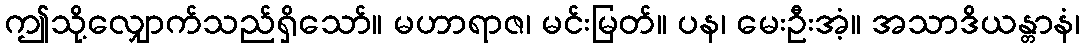
ဤသို့လျှောက်သည်ရှိသော်။ မဟာရာဇ၊ မင်းမြတ်။ ပန၊ မေးဦးအံ့။ အသာဒိယန္တာနံ၊